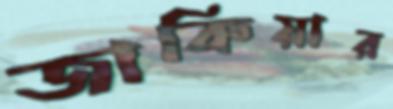
জাকিয়ার